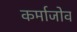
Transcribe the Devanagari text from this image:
कर्माजोव